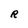
Character: R